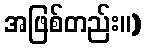
အဖြစ်တည်း။)